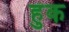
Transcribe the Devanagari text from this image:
हुंक